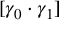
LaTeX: [ \gamma _ { 0 } \cdot \gamma _ { 1 } ]